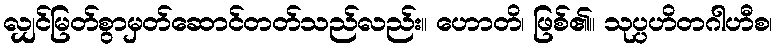
လျှင်မြတ်စွာမှတ်ဆောင်တတ်သည်လည်း။ ဟောတိ၊ ဖြစ်၏။ သုပ္ပဟိတဂါဟီစ၊